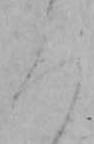
ろ